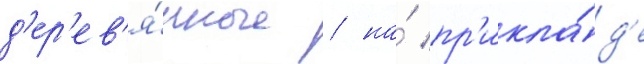
д'ер'ев'я́нные / на́ пр'икла́д'е